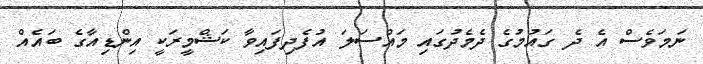
ނަމަވެސް އެ ދެ ގައުމުގެ ދެމެދުގައި މައްސަލަ އުފެދިފައިވާ ކަޝްމީރަކީ އިންޑިއާގެ ބައެއް